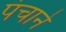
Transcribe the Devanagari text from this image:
पंचाने